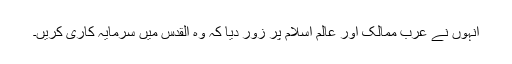
انہوں نے عرب ممالک اور عالم اسلام پر زور دیا کہ وہ القدس میں سرمایہ کاری کریں۔